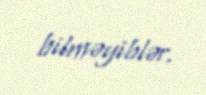
bilməyiblər.